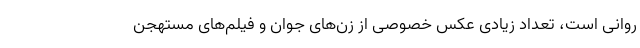
روانی است، تعداد زیادی عکس خصوصی از زن‌های جوان و فیلم‌های مستهجن